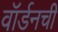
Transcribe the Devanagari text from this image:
वॉर्डनची